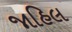
જાહિલ